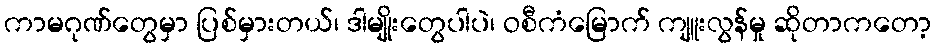
ကာမဂုဏ်တွေမှာ ပြစ်မှားတယ်၊ ဒါမျိုးတွေပါပဲ၊ ဝစီကံမြောက် ကျူးလွန်မှု ဆိုတာကတော့